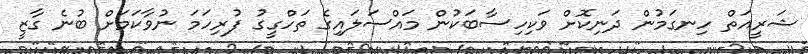
ޝަރީއަތް ހިނގަމުން ދަނިކޮށް ވަކިހިސާބަކުން މައްސަލައިގެ ތަހްގީގު ފުރިހަމަ ނުވާކަމަށް ބުނެ ގާޒީ